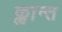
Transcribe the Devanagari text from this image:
क्लान्त